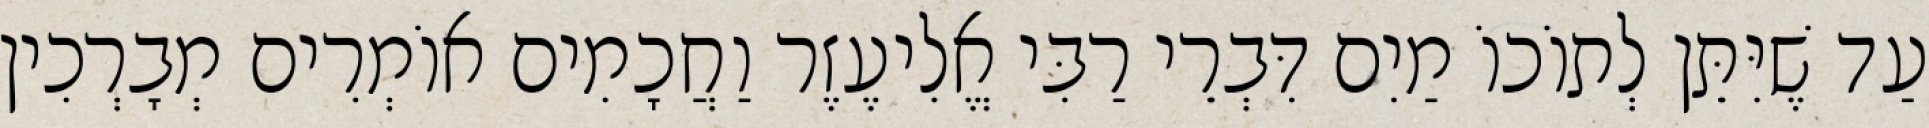
עַד שֶׁיִּתֵּן לְתוֹכוֹ מַיִם דִּבְרֵי רַבִּי אֱלִיעֶזֶר וַחֲכָמִים אוֹמְרִים מְבָרְכִין